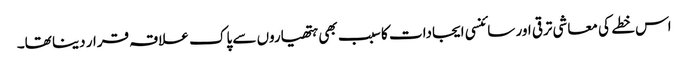
اس خطے کی معاشی ترقی اور سائنسی ایجادات کا سبب بھی ہتھیاروں سے پاک علاقہ قرار دینا تھا۔